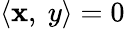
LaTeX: \langle\mathbf{x},\ y\rangle=0